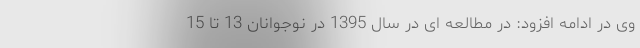
وی در ادامه افزود: در مطالعه ای در سال 1395 در نوجوانان 13 تا 15